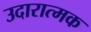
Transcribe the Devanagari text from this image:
उदारात्मक